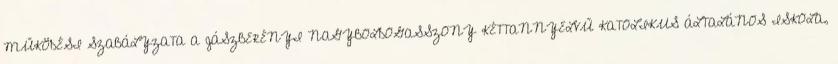
MŰKÖDÉSI SZABÁLYZATA A JÁSZBERÉNYI NAGYBOLDOGASSZONY KÉTTANNYELVŰ KATOLIKUS ÁLTALÁNOS ISKOLA,